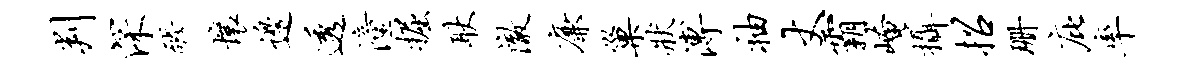
判深醪壤边透潼掘耿澈廉巢状溥袖丈霸崦摄招珊庇率